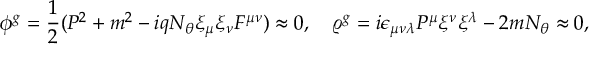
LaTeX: \phi ^ { g } = \frac { 1 } { 2 } ( { \cal P } ^ { 2 } + m ^ { 2 } - i q N _ { \theta } \xi _ { \mu } \xi _ { \nu } { \cal F } ^ { \mu \nu } ) \approx 0 , \quad \varrho ^ { g } = i \epsilon _ { \mu \nu \lambda } { \cal P } ^ { \mu } \xi ^ { \nu } \xi ^ { \lambda } - 2 m N _ { \theta } \approx 0 ,